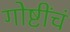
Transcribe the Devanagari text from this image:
गोष्टींचं